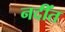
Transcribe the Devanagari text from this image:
नदींत